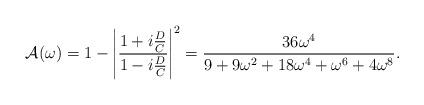
LaTeX: \begin{align*}{\cal A}(\omega)= 1 - \left | { 1+ i{ D \over C} \over 1 - i{D \over C}} \right |^2 = { 36 \omega^4 \over 9 + 9 \omega^2 + 18\omega^4 + \omega^6 + 4 \omega^8}.\end{align*}